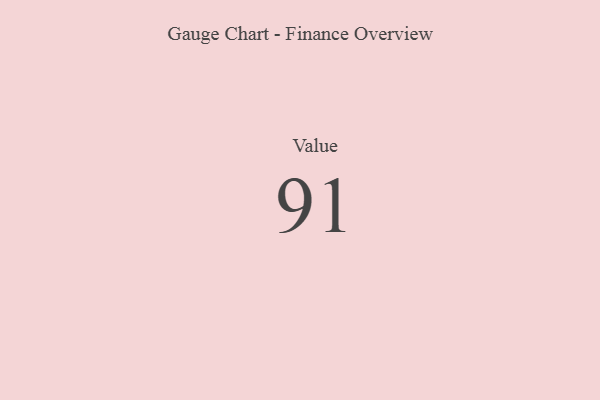
{"axis": {"x": "Metric", "y": "Value"}, "legend": [""], "data": [{"x": "Value", "y": 91, "type": ""}]}